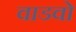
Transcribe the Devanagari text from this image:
वाडवो